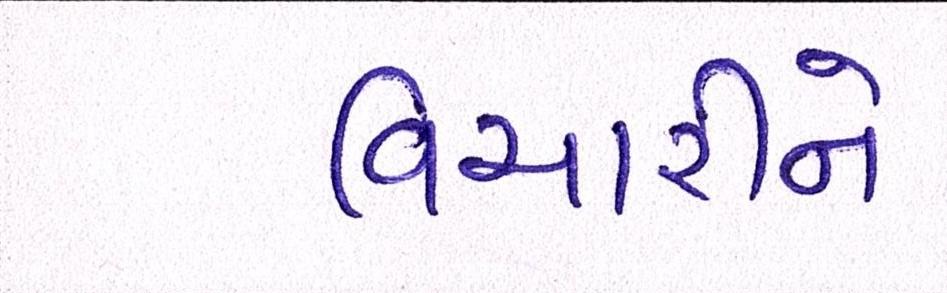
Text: વિચારીને